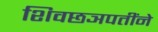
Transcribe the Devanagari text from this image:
शिवछञपतींने